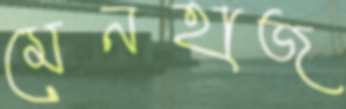
মেনহাজ